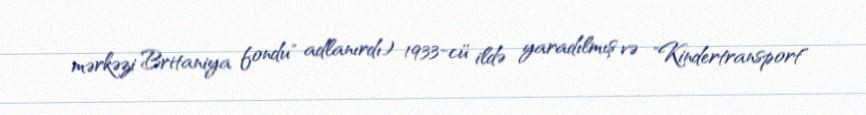
mərkəzi Britaniya fondu" adlanırdı) 1933-cü ildə yaradılmış və "Kindertransport"